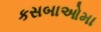
કસબાઓમા